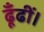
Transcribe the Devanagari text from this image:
ढूँढीं।